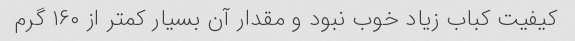
کیفیت کباب زیاد خوب نبود و مقدار آن بسیار کمتر از ۱۶۰ گرم